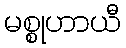
မစ္စုဟာယီ